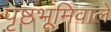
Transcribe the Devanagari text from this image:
पृष्ठभूमिवाले